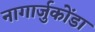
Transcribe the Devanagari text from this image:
नागार्जुकोंडा